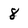
Character: 8